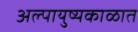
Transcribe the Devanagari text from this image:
अल्पायुष्यकाळात